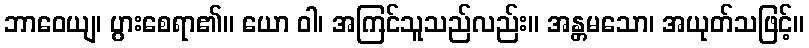
ဘာဝေယျ၊ ပွားစေရာ၏။ ယော ဝါ၊ အကြင်သူသည်လည်း။ အန္တမသော၊ အယုတ်သဖြင့်။